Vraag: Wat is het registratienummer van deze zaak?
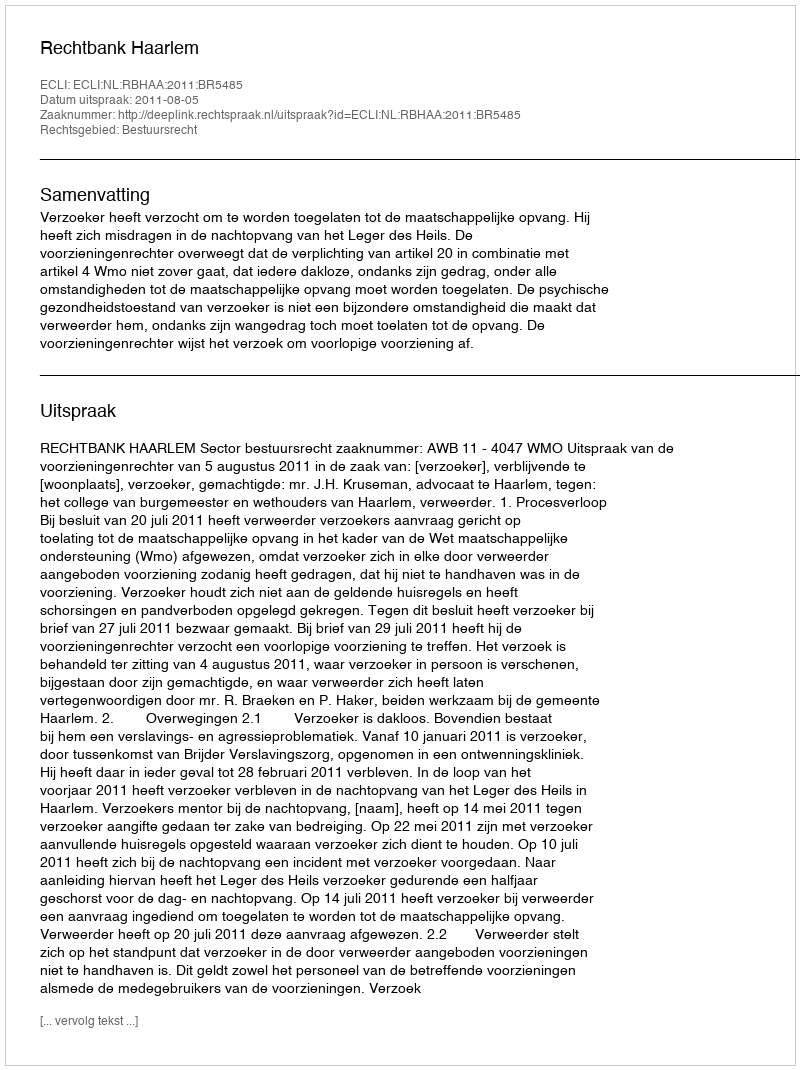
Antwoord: http://deeplink.rechtspraak.nl/uitspraak?id=ECLI:NL:RBHAA:2011:BR5485